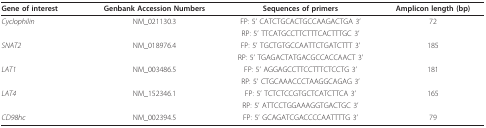
<table><thead><tr><td><b>Gene of interest</b></td><td><b>Genbank Accession Numbers</b></td><td><b>Sequences of primers</b></td><td><b>Amplicon length (bp)</b></td></tr></thead><tbody><tr><td><i>Cyclophilin</i></td><td>NM_021130.3</td><td>FP: 5&#x27; CATCTGCACTGCCAAGACTGA 3&#x27;</td><td>72</td></tr><tr><td></td><td></td><td>RP: 5&#x27; TTCATGCCTTCTTTCACTTTGC 3&#x27;</td><td></td></tr><tr><td><i>SNAT2</i></td><td>NM_018976.4</td><td>FP: 5&#x27; TGCTGTGCCAATTCTGATCTTT 3&#x27;</td><td>185</td></tr><tr><td></td><td></td><td>RP: 5&#x27; TGAGACTATGACGCCACCAACT 3&#x27;</td><td></td></tr><tr><td><i>LAT1</i></td><td>NM_003486.5</td><td>FP: 5&#x27; AGGAGCCTTCCTTTCTCCTG 3&#x27;</td><td>181</td></tr><tr><td></td><td></td><td>RP: 5&#x27; CTGCAAACCCTAAGGCAGAG 3&#x27;</td><td></td></tr><tr><td><i>LAT4</i></td><td>NM_152346.1</td><td>FP: 5&#x27; TCTCTCCGTGCTCATCTTCA 3&#x27;</td><td>165</td></tr><tr><td></td><td></td><td>RP: 5&#x27; ATTCCTGGAAAGGTGACTGC 3&#x27;</td><td></td></tr><tr><td><i>CD98hc</i></td><td>NM_002394.5</td><td>FP: 5&#x27; GCAGATCGACCCCAATTTTG 3&#x27;</td><td>79</td></tr></tbody></table>